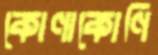
কোণাকোণি